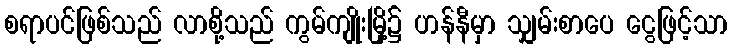
စရာပင်ဖြစ်သည် လာစို့သည် ကွမ်ကျိုးမြို့၌ ဟန်နီမှာ သျှမ်းစာပေ ငွေဖြင့်သာ